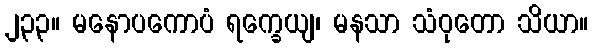
၂၃၃။ မနောပကောပံ ရက္ခေယျ၊ မနသာ သံဝုတော သိယာ။